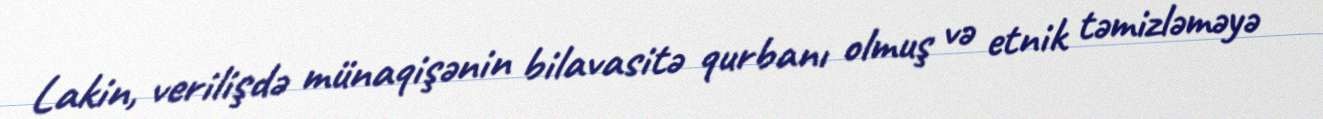
Lakin, verilişdə münaqişənin bilavasitə qurbanı olmuş və etnik təmizləməyə